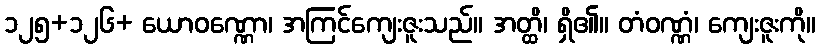
၁၂၅+၁၂၆+ ယောဝဏ္ဏော၊ အကြင်ကျေးဇူးသည်။ အတ္ထိ၊ ရှိ၏။ တံဝဏ္ဏံ၊ ကျေးဇူးကို။